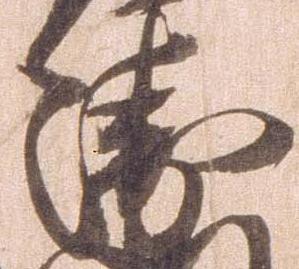
衛